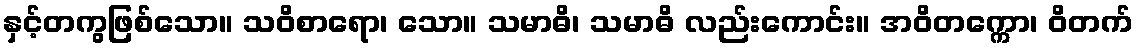
နှင့်တကွဖြစ်သော။ သဝိစာရော၊ သော။ သမာဓိ၊ သမာဓိ လည်းကောင်း။ အဝိတက္ကော၊ ဝိတက်